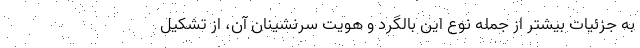
به جزئیات بیشتر از جمله نوع این بالگرد و هویت سرنشینان آن، از تشکیل